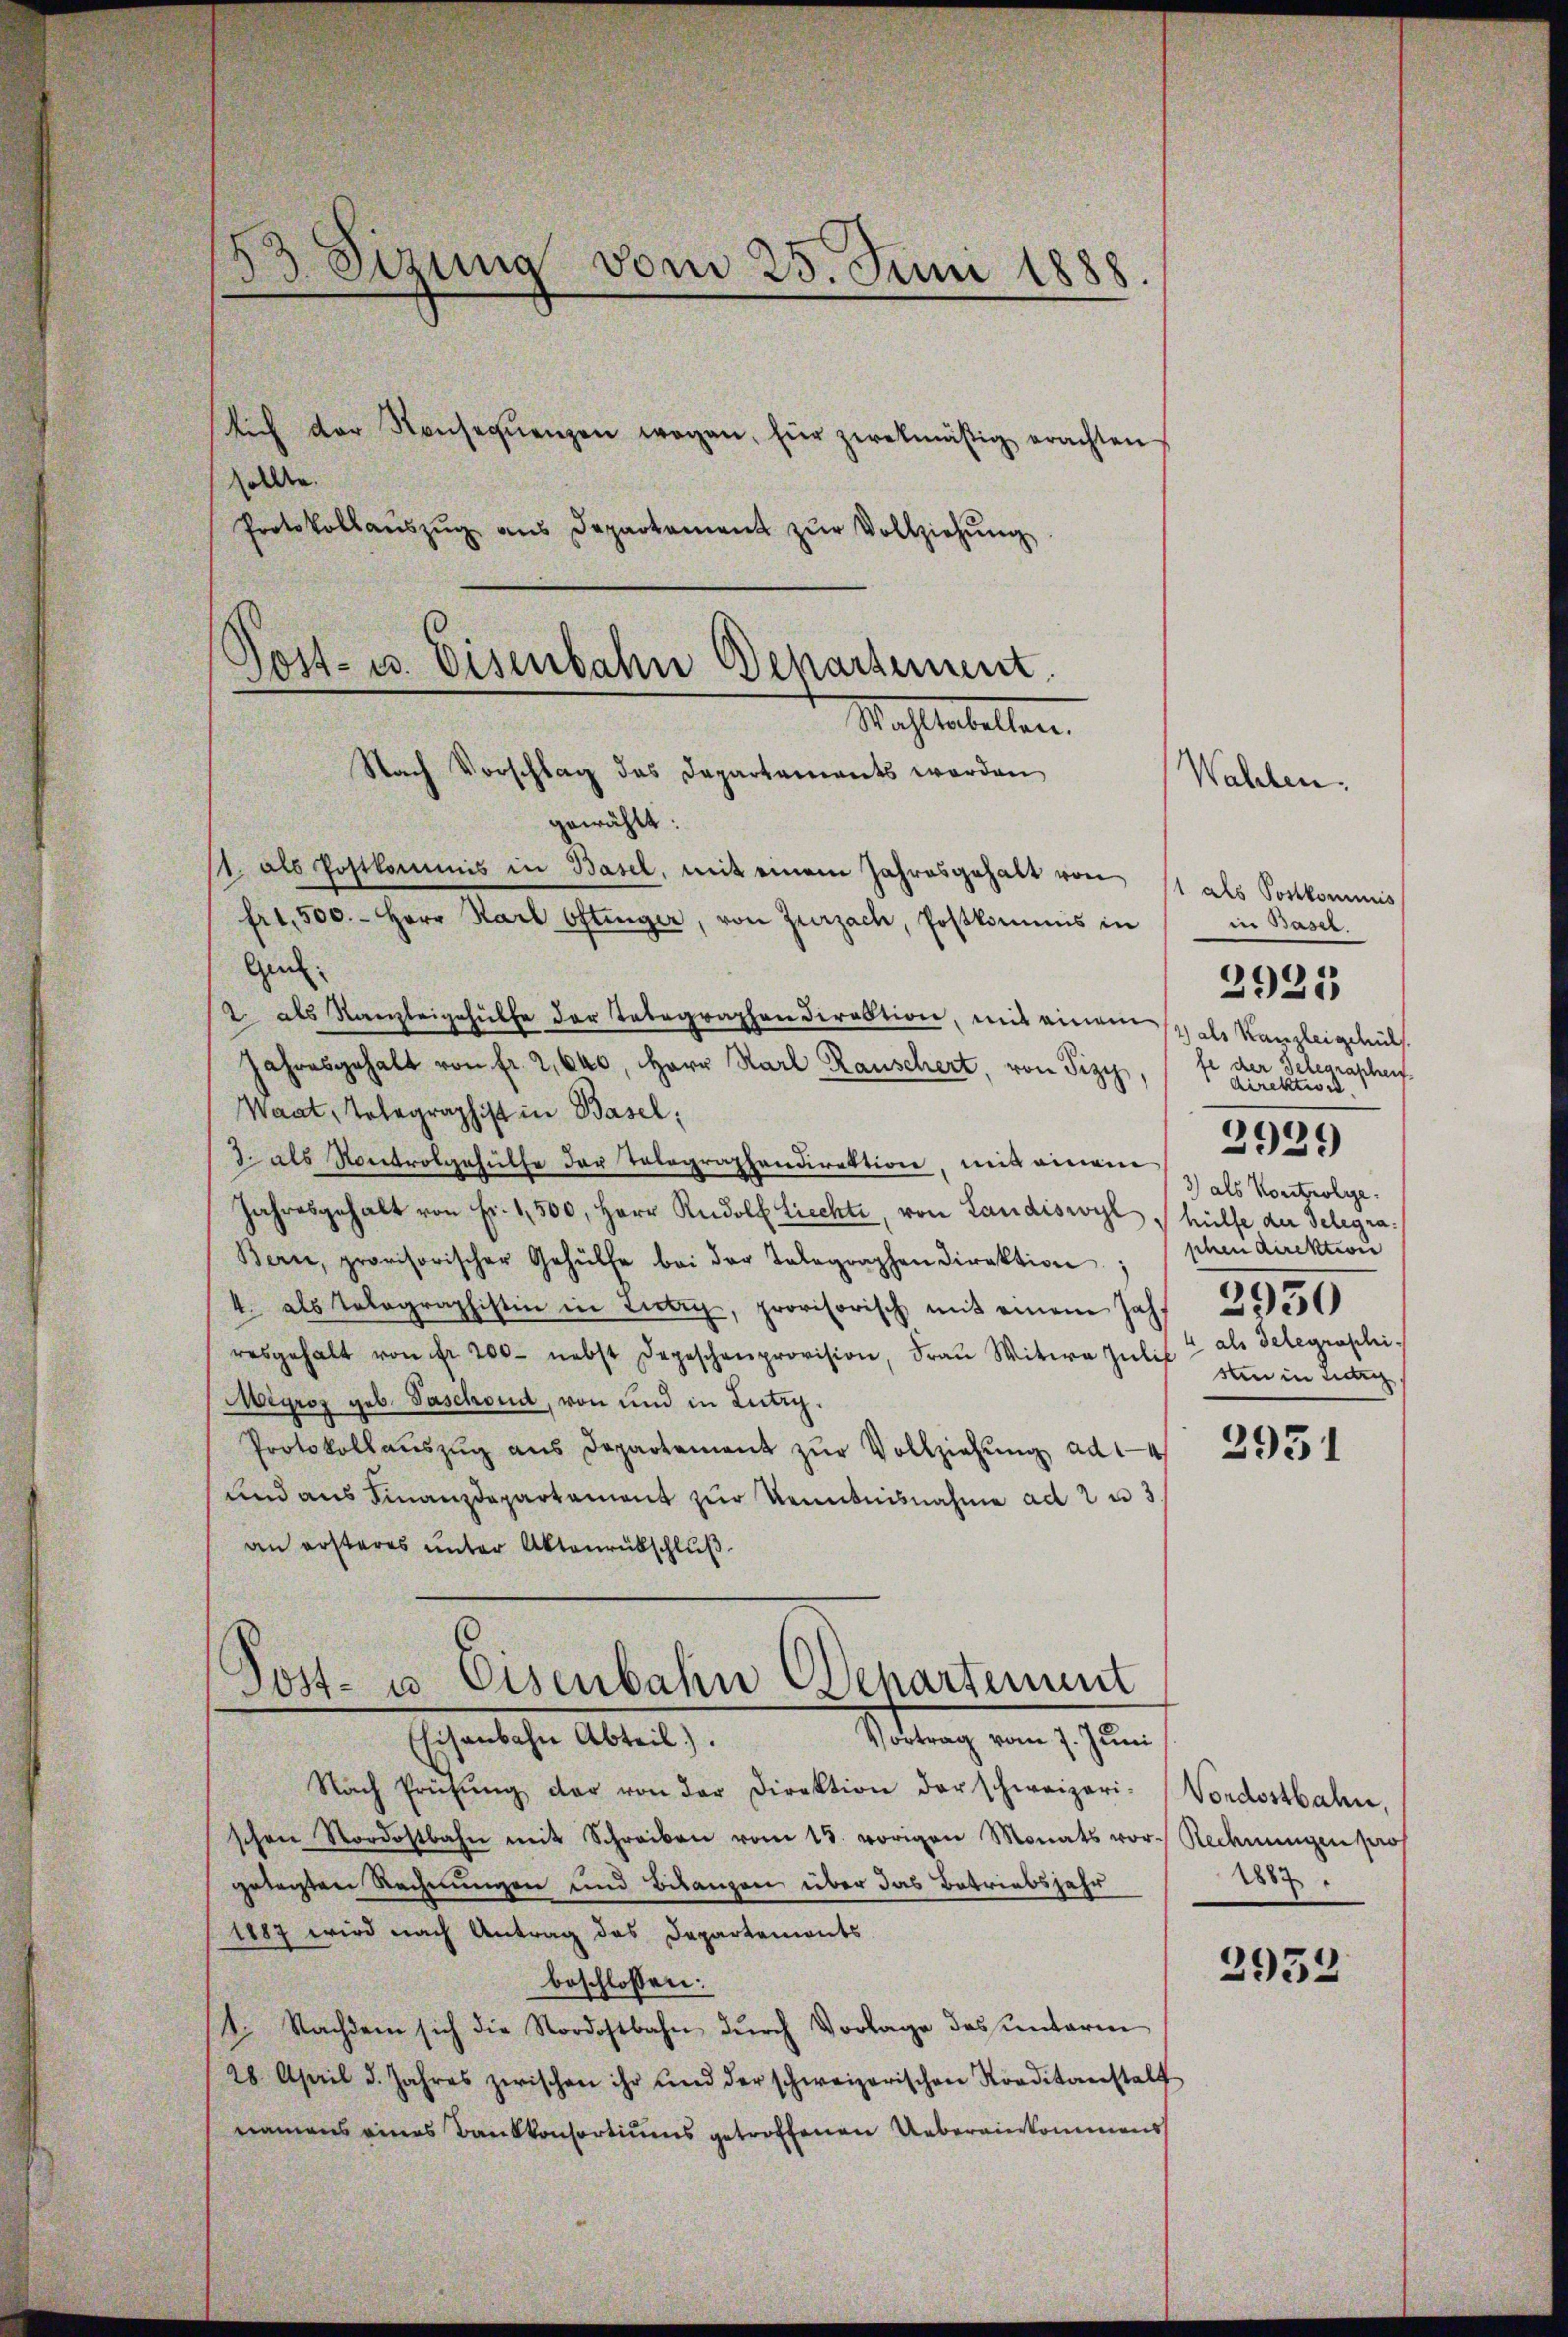
83 Sizung vom 25. Juni 1888.
Auch der Konseqŭenzen wegen, für zwekmäßig erachten
sollen.
Protokollaŭszŭg ans Departement zŭr Vollziehŭng

2 als Kanzleigehülfe der Telegraphen direktion, mit einem 12 als Kanzleigehülf
Jahresgehalt von fr. 2,640, Herr Karl Rauschert, von Pizy,
Waat, Telegraphist in Basel,
2 als Kontrolgehülfe der Telegraphendirektion, mit einem
Jahresgehalt von Fr. 1,500, Herr Rudolf Liechte, von Landiswyl
Bern, provisorischer Gehülfe bei der Telegraphen Direktion;
4 als Tolographistin in Tier, provisorisch mit einem Jahr 250
resgehalt von fr 200 nebst Depeschenprovision, Fraŭ Witwe Zŭlis zum in einig
Meyroz geb. Taschond, von und in Lutry.
Protokollaŭszŭg ans Departement zŭr Vollziehŭng ad 14
und aus Finanzdepartament zur Kenntnisnahme ad 2 u 3
an ersteres unter Aktenrückschluß
Post- u. Eisenbahn Departement
Vortrag vom 7. Juni
EEisenbahn Abteil).
Nach Prüfŭng der von der Direktion der schweizeri-
schen Nordostbahn mit Schreiben vom 15. vorigen Monats vor. Rechnungen pros
getasten Rechnungen und Bilanzen über das Betriebsjahr
1887 wird nach Antrag des Departements
beschlossen:
1. Nachdem sich die Nordostbahn dŭrch Vorlage das unterm
28. April d. Jahres zwischen ihr und der schweizerischen Kreditanstalt
namens eines Bankkonsortiums getroffenen Uebereinkommens

Post- u. Eisenbahn Behartement.
Machtestalten
Nach Vorschlag das Departements werden
gewählt:
11 als Postkommis in Basel, mit einem Jahresgehalt von 11 als Sortkommis
frt. 500.- Herr Karl Ostinger, von Zurzach, Postkommis in
Geh.

Wahlen.

in Basel
fe der Gelegrapheif
direktion.
e
l
1)
3) als Kontrolge.
hülfe der Telegraphen direktion
4 als Telegraphi¬

c)
325

2951

Vordostbahn,
1882

2952